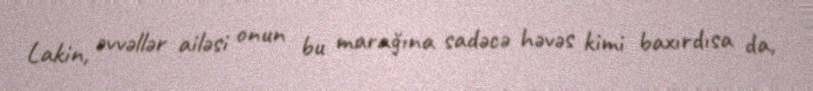
Lakin, əvvəllər ailəsi onun bu marağına sadəcə həvəs kimi baxırdısa da,